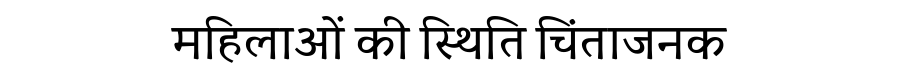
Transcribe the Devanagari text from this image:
महिलाओं की स्थिति चिंताजनक